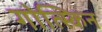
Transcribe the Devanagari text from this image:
गोत्स्किन